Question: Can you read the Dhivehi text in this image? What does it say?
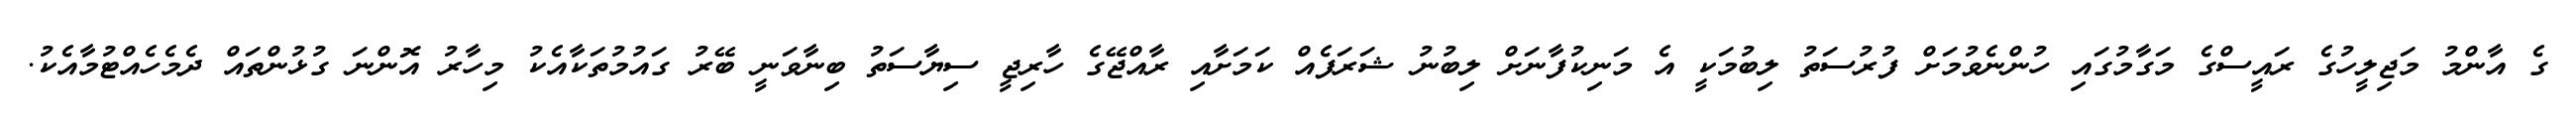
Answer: ގެ އާންމު މަޖިލީހުގެ ރައީސްގެ މަގާމުގައި ހުންނެވުމަށް ފުރުސަތު ލިބުމަކީ އެ މަނިކުފާނަށް ލިބުނު ޝަރަފެއް ކަމަށާއި ރާއްޖޭގެ ހާރިޖީ ސިޔާސަތު ބިނާވަނީ ބޭރު ގައުމުތަކާއެކު މިހާރު އޮންނަ ގުޅުންތައް ދެމެހެއްޓުމާއެކު.